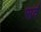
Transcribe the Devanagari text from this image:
सर्वँ